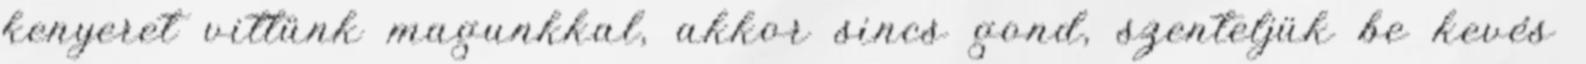
kenyeret vittünk magunkkal, akkor sincs gond, szenteljük be kevés